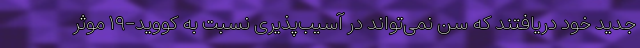
جدید خود دریافتند که سن نمی‌تواند در آسیب‌پذیری نسبت به کووید-۱۹ موثر